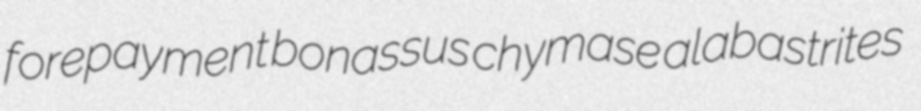
forepayment bonassus chymase alabastrites